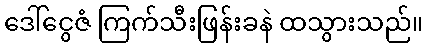
ဒေါ်ငွေဇံ ကြက်သီးဖြန်းခနဲ ထသွားသည်။